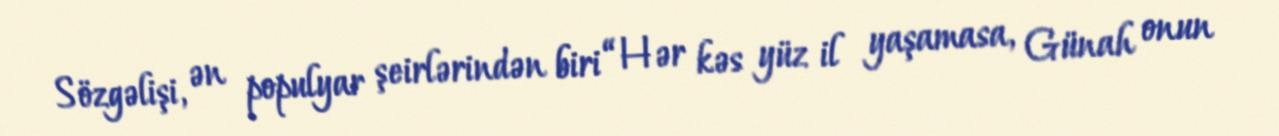
Sözgəlişi, ən populyar şeirlərindən biri “Hər kəs yüz il yaşamasa, Günah onun